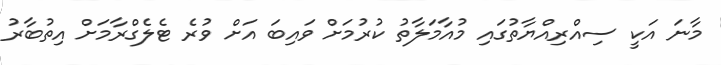
މާނަ އަކީ ސިއްރިއްޔާތުގައި މުއާމަލާތު ކުރުމަށް ވައިބަ އަށް ވުރެ ޓެލެގްރާމަށް އިތުބާރު